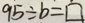
9 5 \div b = \square